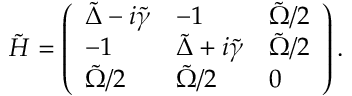
\tilde { H } = \left( \begin{array} { l l l } { \tilde { \Delta } - i \tilde { \gamma } } & { - 1 } & { \tilde { \Omega } / 2 } \\ { - 1 } & { \tilde { \Delta } + i \tilde { \gamma } } & { \tilde { \Omega } / 2 } \\ { \tilde { \Omega } / 2 } & { \tilde { \Omega } / 2 } & { 0 } \end{array} \right) .